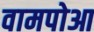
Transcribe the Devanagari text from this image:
वामपोआ